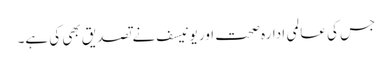
جس کی عالمی ادارہ صحت اور یونیسف نے تصدیق بھی کی ہے۔